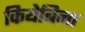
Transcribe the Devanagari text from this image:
कियेबिना